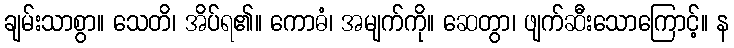
ချမ်းသာစွာ။ သေတိ၊ အိပ်ရ၏။ ကောဓံ၊ အမျက်ကို။ ဆေတွာ၊ ဖျက်ဆီးသောကြောင့်။ န